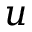
u